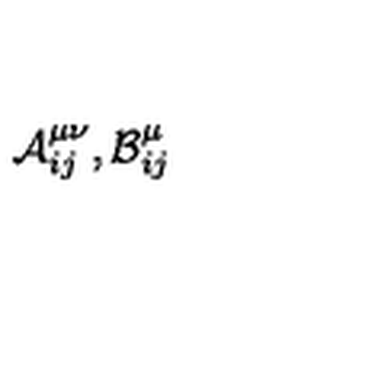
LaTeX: { \cal { A } } _ { i j } ^ { \mu \nu } , { \cal { B } } _ { i j } ^ { \mu }